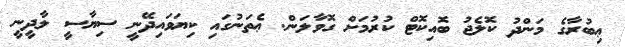
ޢިބުރާގެ މަންދު ކޮލެޖު ބޮއިކޮޓް ކުރުމަށް ގޮވާލަން. ޢެތަނުގައި ކިޔަވައިދޭނީ ސިޔާސީ ލާދީނީ